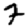
Digit: 7